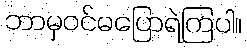
ဘာမှဝင်မပြောရဲကြပါ။